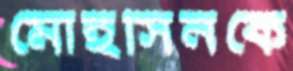
মোহসিনকে